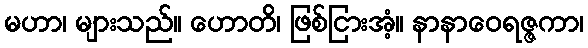
မဟာ၊ များသည်။ ဟောတိ၊ ဖြစ်ငြားအံ့။ နာနာဝေရဇ္ဇကာ၊